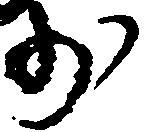
少